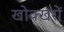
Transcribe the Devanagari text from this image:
खोक्खरों